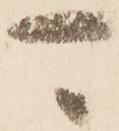
可